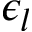
\epsilon _ { l }